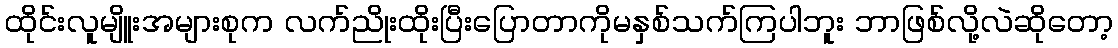
ထိုင်းလူမျိူးအများစုက လက်ညိုးထိုးပြီးပြောတာကိုမနှစ်သက်ကြပါဘူး ဘာဖြစ်လို့လဲဆိုတော့